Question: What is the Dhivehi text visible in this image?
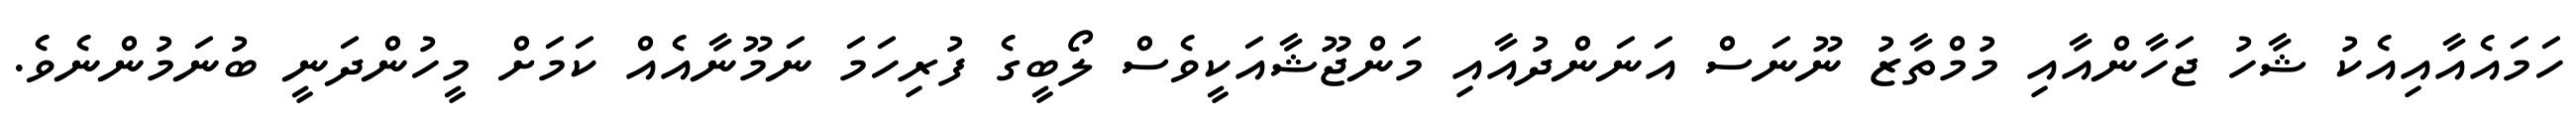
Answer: ހަމައެއާއިއެކު ޝާހު ޖަހާންއާއި މުމްތާޒު ނޫނަސް އަނަންދުއާއި މަންޖޫޝާއަކީވެސް ލޯބީގެ ފުރިހަމަ ނަމޫނާއެއް ކަމަށް މީހުންދަނީ ބުނަމުންނެވެ.